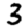
Digit: 3